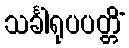
သင်္ခါရုပပတ္တိံ